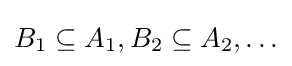
B_{1}\subseteq A_{1},B_{2}\subseteq A_{2},\ldots